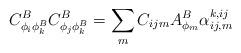
LaTeX: \begin{align*}C_{\phi _i\phi _k^B}^BC_{\phi _j\phi _k^B}^B=\sum_mC_{ijm}A_{\phi_m}^B\alpha _{ij,m}^{k,ij}\end{align*}